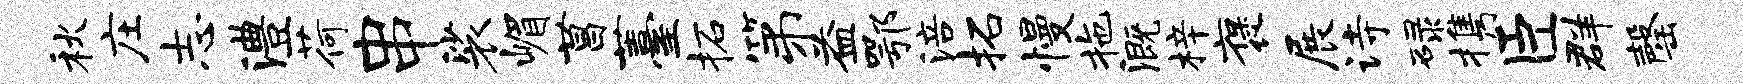
秋庄志澧荷串裟嵋菖薹柘第益鄂涪拓慢拖溉梓褒展诗碌携臣群罄